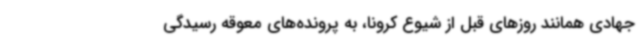
جهادی همانند روزهای قبل از شیوع کرونا، به پرونده‌های معوقه رسیدگی